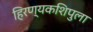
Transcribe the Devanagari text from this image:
हिरण्यकशिपुला